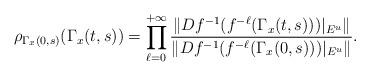
LaTeX: \begin{align*}\rho_{\Gamma_x(0,s)}(\Gamma_x(t,s))=\prod_{\ell=0}^{+\infty}\frac{\|Df^{-1}(f^{-\ell}(\Gamma_x(t,s)))|_{E^u}\|}{\|Df^{-1}(f^{-\ell}(\Gamma_x(0,s)))|_{E^u}\|}.\end{align*}